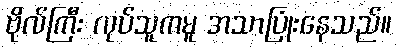
ဗိုလ်ကြီး လုပ်သူကမူ အသာပြုံးနေသည်။